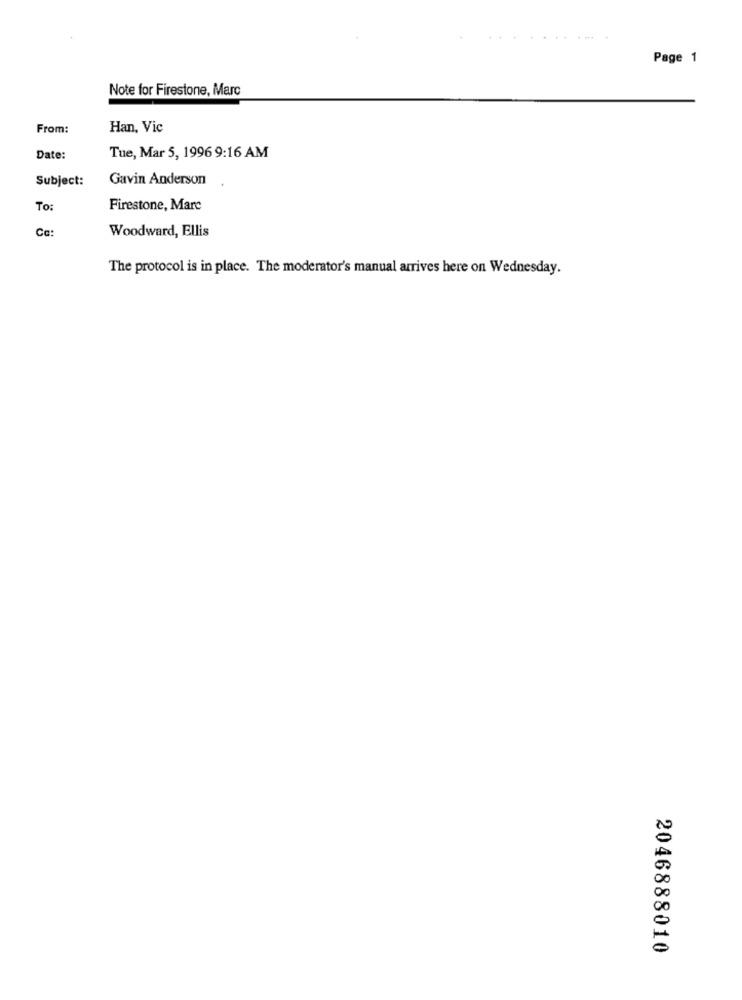
........
Page 1
Note for Firestone, Marc
From:
Han, Vic
Date:
Tue, Mar 5, 1996 9:16 AM
Subject:
Gavin Anderson
To:
Firestone, Marc
Cc:
Woodward, Ellis
The protocol is in place. The moderator's manual arrives here on Wednesday.
00
DO
2046888010